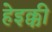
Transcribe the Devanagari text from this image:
हेइक्की